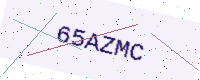
Text: 65AZMC